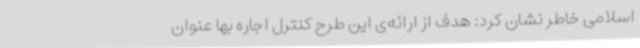
اسلامی خاطر نشان کرد: هدف از ارائه‌ی این طرح کنترل اجاره بها عنوان